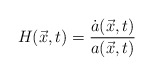
\begin{align*}H(\vec{x},t)=\frac{\dot{a}(\vec{x},t)}{a(\vec{x},t)}\end{align*}